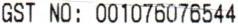
GST NO: 001076076544